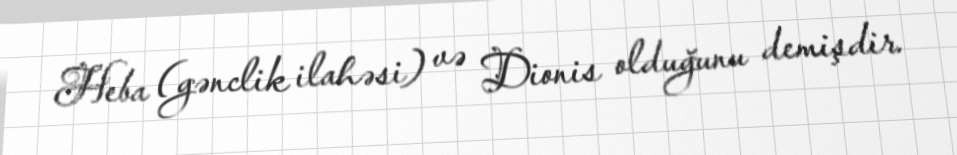
Heba (gənclik ilahəsi) və Dionis olduğunu demişdir.